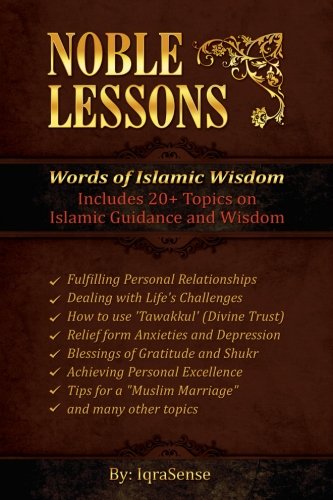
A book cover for Noble Lessons: Words of Islamic Wisdom: Collection of Islamic Articles based on Quran and Hadith; IqraSense; Religion & Spirituality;